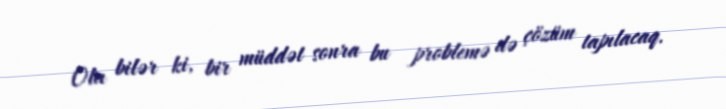
Ola bilər ki, bir müddət sonra bu problemə də çözüm tapılacaq.